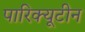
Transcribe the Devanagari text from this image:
पारिक्यूटीन